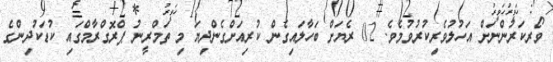
ވޯރކަރުންނަށް އަހުލުވެރިކުރުވުމެވެ. 02 ރެޔަށް ބަހާލައިގެން ކުރިއަށްގެންދިޔަ މި ތަމްރީނު ޕްރޮގްރާމްގައި ކުޑަކުދިންގެ